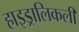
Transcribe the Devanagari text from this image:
हाइड्रालिकली